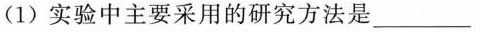
(1)实验中主要采用的研究方法是\underline